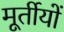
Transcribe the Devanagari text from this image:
मूर्तीयों